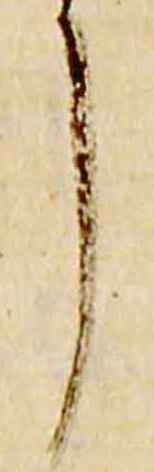
了